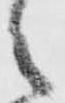
之